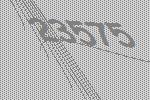
23575